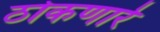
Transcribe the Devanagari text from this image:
ठोकणारे